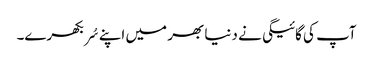
آپ کی گائیگی نے دنیا بھر میں اپنے سُر بکھرے۔